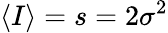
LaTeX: \langle I\rangle=s=2\sigma^{2}